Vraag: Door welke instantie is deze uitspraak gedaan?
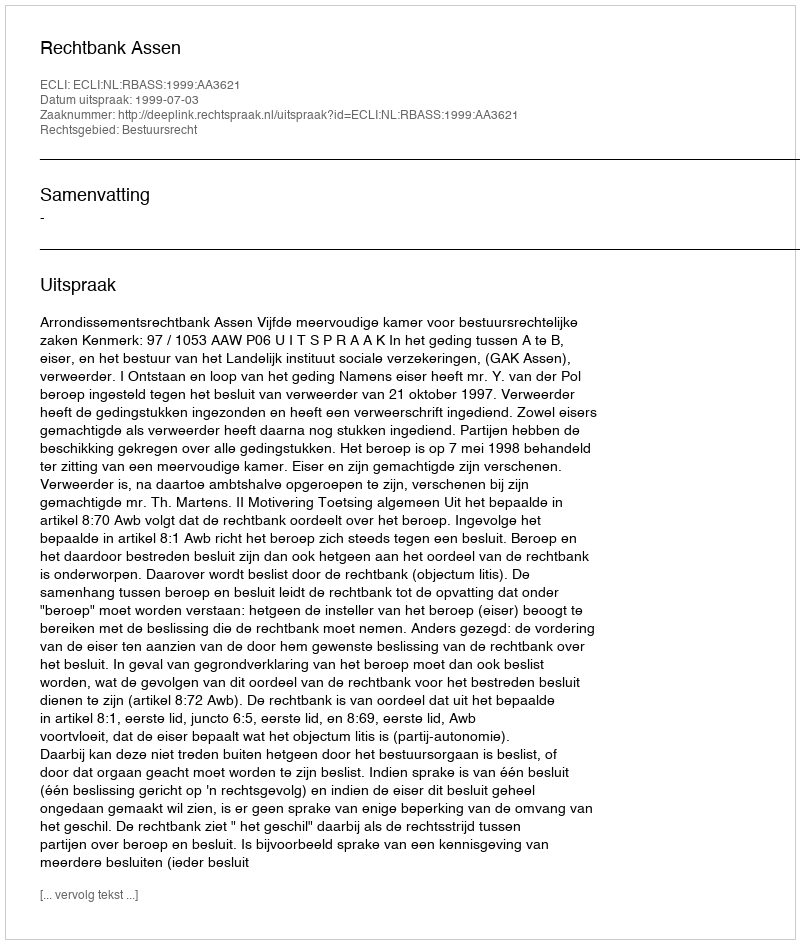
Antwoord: Rechtbank Assen